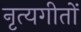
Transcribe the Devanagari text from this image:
नृत्यगीतों